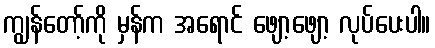
ကျွန်တော့်ကို မှန်က အရောင် ဖျော့ဖျော့ လုပ်ပေးပါ။